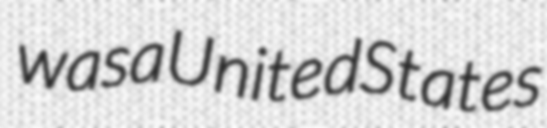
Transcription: was a United States